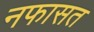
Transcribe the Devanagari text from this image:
नफासत